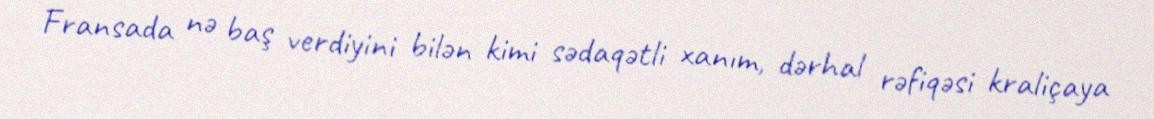
Fransada nə baş verdiyini bilən kimi sədaqətli xanım, dərhal rəfiqəsi kraliçaya